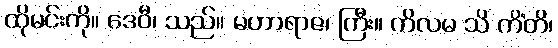
ထိုမင်းကို။ ဒေဝီ၊ သည်။ မဟာရာဇ၊ ကြီး။ ကိလမ သိ ကိံတိ၊